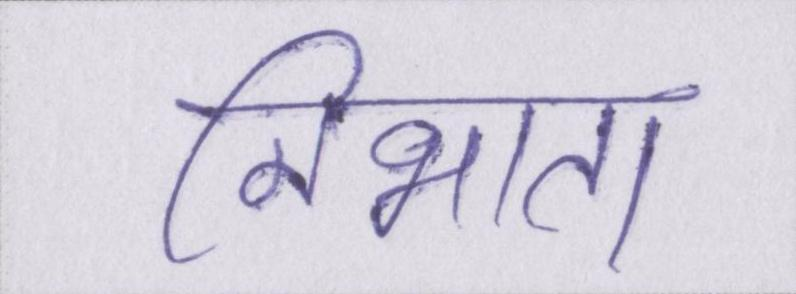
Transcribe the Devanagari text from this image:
निभाता